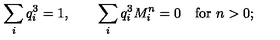
\sum _ { i } q _ { i } ^ { 3 } = 1 , \quad \quad \sum _ { i } q _ { i } ^ { 3 } M _ { i } ^ { n } = 0 \quad \mathrm { f o r } \ n > 0 ;